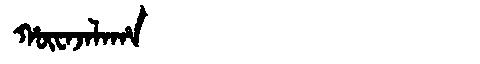
Manchu: ᡥᡡᠸᠠᠵᠠᠯᠠᡥᠠ
Romanization: HŪWAJALAHA